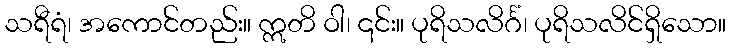
သရီရံ၊ အကောင်တည်း။ ဣတိ ဝါ၊ ၎င်း။ ပုရိသလိင်္ဂံ၊ ပုရိသလိင်ရှိသော။